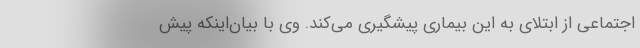
اجتماعی از ابتلای به این بیماری پیشگیری می‌کند. وی با بیان‌اینکه پیش